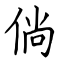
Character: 倘